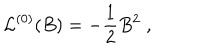
{ \cal L } ^ { ( 0 ) } ( B ) = - { \frac { 1 } { 2 } } B ^ { 2 } \; ,